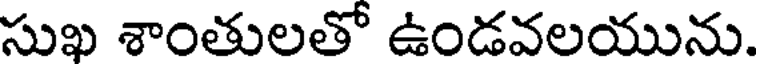
సుఖ శాంతులతో ఉండవలయును.